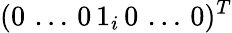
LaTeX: (0\, \dots\, 0\, 1_{i}\, 0\, \dots\, 0)^{T}